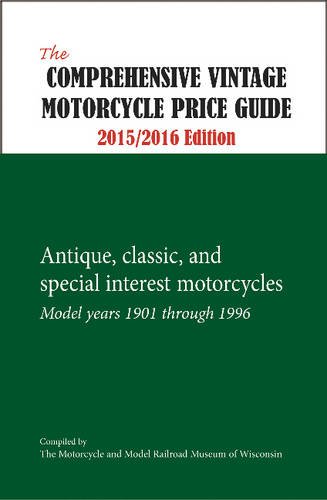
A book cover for The Comprehensive Vintage Motorcycle Price Guide 2015/2016 Edition: Antique, Classic, and Special Interest Motorcycles - Model Years 1901 through 1996; The Motorcycle and Model Railroad Museum of Wisconsin; Engineering & Transportation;